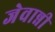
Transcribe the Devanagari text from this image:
जेवान्नी